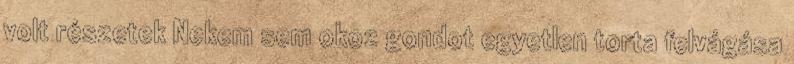
volt részetek Nekem sem okoz gondot egyetlen torta felvágása